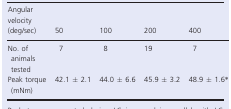
| Angular velocity (deg/sec) | 50 | 100 | 200 | 400 |
 | --- | --- | --- | --- | --- |
 | No. of animals tested | 7 | 8 | 19 | 7 |
 | Peak torque (mNm) | 42.1 ± 2.1 | 44.0 ± 6.6 | 45.9 ± 3.2 | 48.9 ± 1.6* |